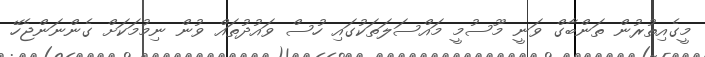
މީގެއިތުރުން ތަންބާގް ވަނީ މޫސުމީ މައްސަލަތަކުގައި ހުސް ވައުދުތައް ވުން ނިމުމަކަށް ގެންނަންޖެހޭ